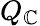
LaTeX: Q_{\mathbb{C}}